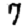
Digit: 7